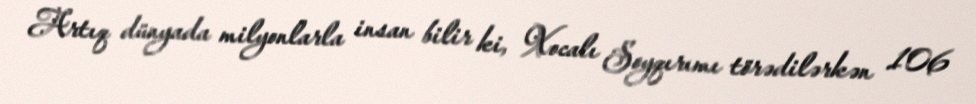
Artıq dünyada milyonlarla insan bilir ki, Xocalı Soyqırımı törədilərkən 106